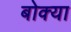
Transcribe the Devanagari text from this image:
बोक्या